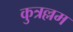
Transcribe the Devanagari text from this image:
कुत्रल्लम